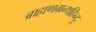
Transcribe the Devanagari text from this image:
ब्राह्मणग्रन्थहिन्दू